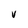
Character: V